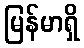
မြန်မာရှိ